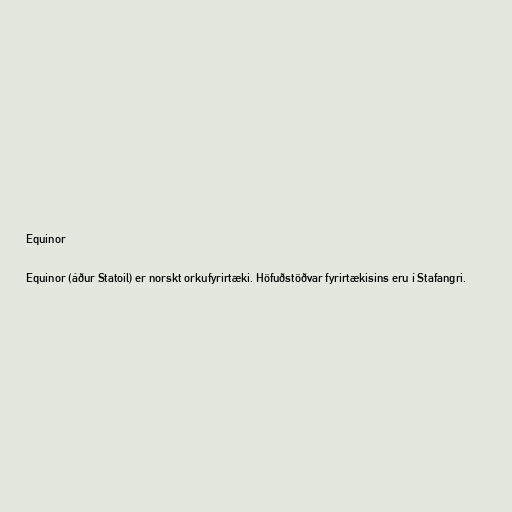
Equinor

Equinor (áður Statoil) er norskt orkufyrirtæki. Höfuðstöðvar fyrirtækisins eru í Stafangri.